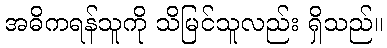
အဓိကရန်သူကို သိမြင်သူလည်း ရှိသည်။